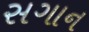
સગાન